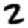
Digit: 2